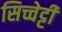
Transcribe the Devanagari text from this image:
सिच्चेट्टी